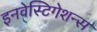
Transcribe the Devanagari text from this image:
इनवेस्टिगेशन्स